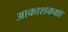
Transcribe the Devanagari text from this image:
आकाशकक्षा